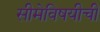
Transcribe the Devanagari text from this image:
सीमेविषयीची